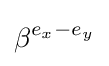
\beta ^{e_{x}-e_{y}}